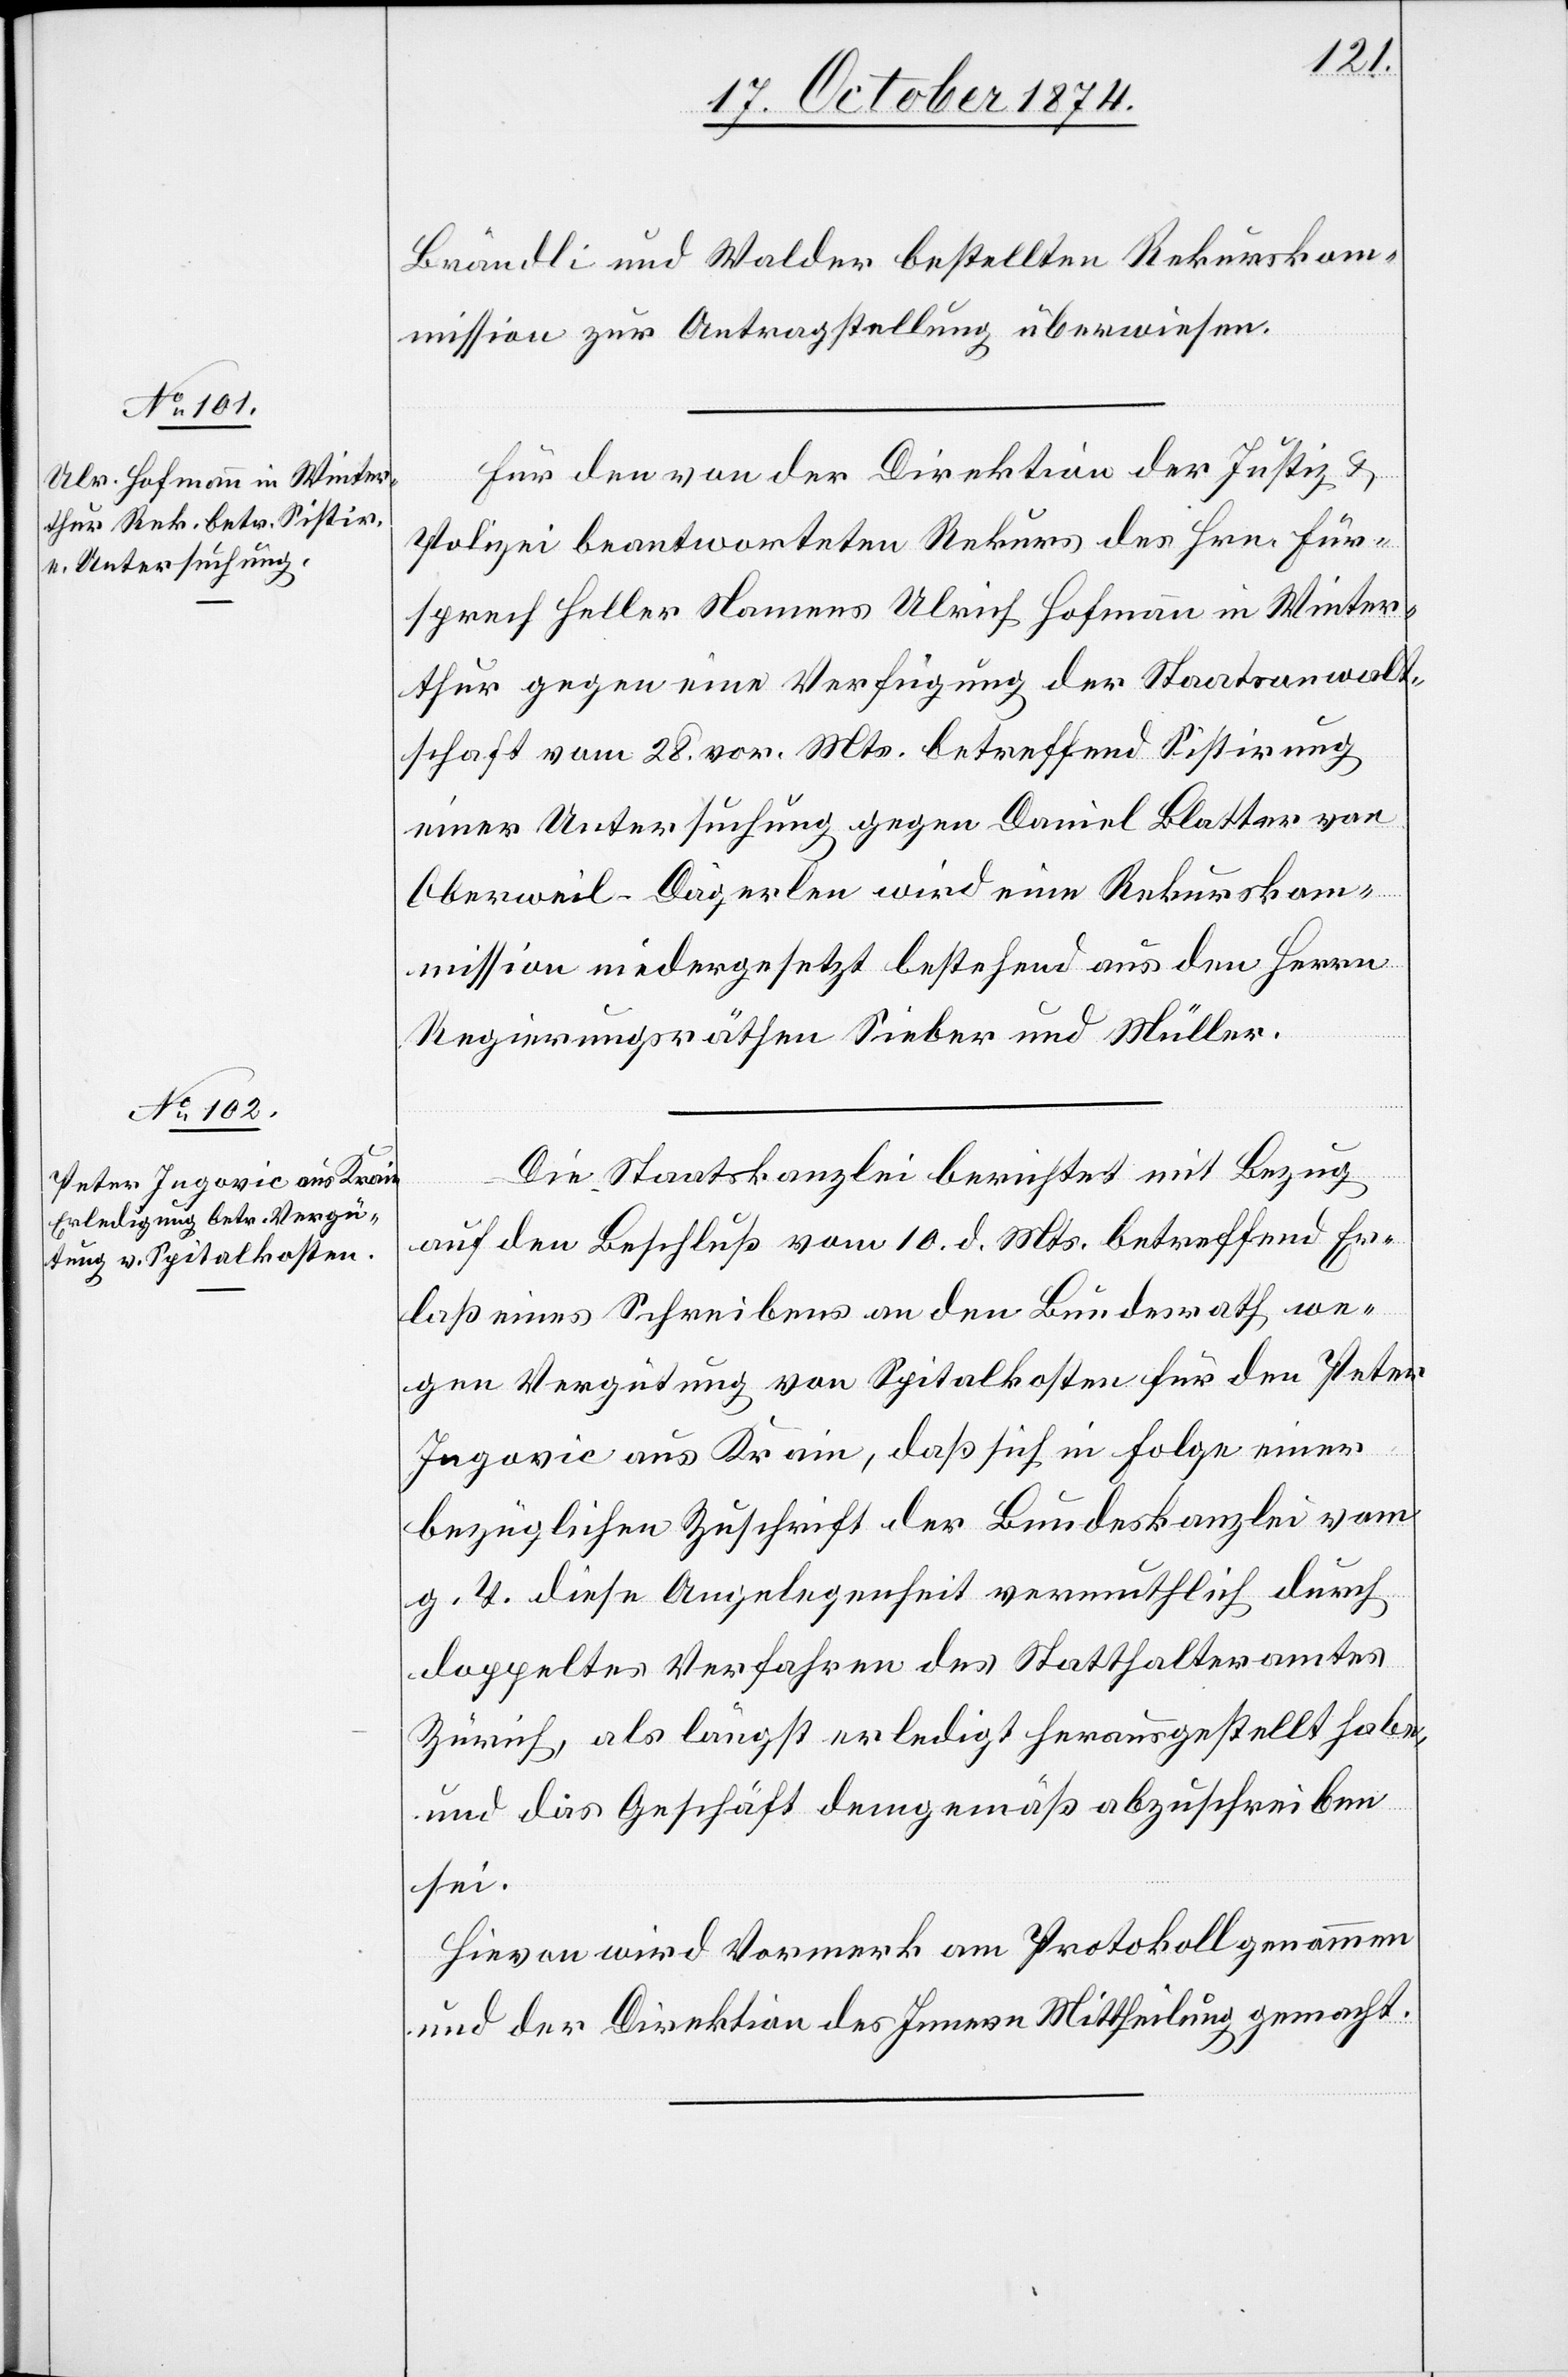
Brändli und Walder bestellten Rekurskom¬
mission zur Antragstellung überwiesen.
Für den von der Direktion der Justiz &
Polizei beantworteten Rekurs des Hrn. Für¬
sprech Heller Namens Ulrich Hofmann in Winter¬
thur gegen eine Verfügung der Staatsanwalt¬
schaft vom 28. vor. Mts. betreffend Sistirung
einer Untersuchung gegen Daniel Blatter von
Oberweil-Dägerlen wird eine Rekurskom¬
mission niedergesetzt bestehende aus den Herren
Regierungsräthen Sieber und Müller.
Die Staatsanwaltschaft berichtet mit Bezug
auf den Beschluß vom 10. d. Mts. betreffend Er¬
laß eines Schreibens an den Bundesrath we¬
gen Vergütung von Spitalkosten für den Peter
Ingovic aus Krain, daß sich in Folge einer
bezüglichen Zuschrift der Bundeskanzlei vom
g. T. diese Angelegenheit vermuthlich durch
doppeltes Verfahren des Statthalteramtes
Zürich, als längst erledigt herausgestellt habe,
und das Geschäft demgemäß abzuschreiben
sei.
Hievon wird Vormerk am Protokoll genommen
und der Direktion des Innern Mittheilung gemacht.